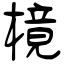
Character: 樈